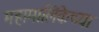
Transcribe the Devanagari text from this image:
महामालिकेच्या